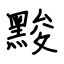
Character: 黢